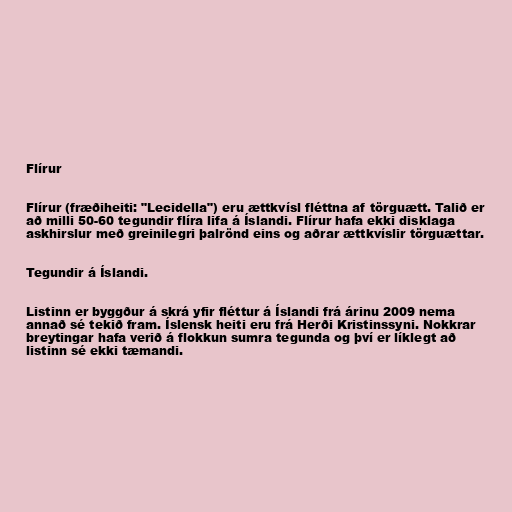
Flírur

Flírur (fræðiheiti: "Lecidella") eru ættkvísl fléttna af törguætt. Talið er
að milli 50-60 tegundir flíra lifa á Íslandi. Flírur hafa ekki disklaga
askhirslur með greinilegri þalrönd eins og aðrar ættkvíslir törguættar.

Tegundir á Íslandi.

Listinn er byggður á skrá yfir fléttur á Íslandi frá árinu 2009 nema
annað sé tekið fram. Íslensk heiti eru frá Herði Kristinssyni. Nokkrar
breytingar hafa verið á flokkun sumra tegunda og því er líklegt að
listinn sé ekki tæmandi.